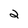
Character: 2